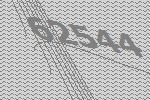
62544